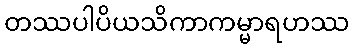
တဿပါပိယသိကာကမ္မာရဟဿ